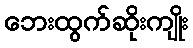
ဘေးထွက်ဆိုးကျိုး